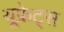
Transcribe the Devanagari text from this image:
यूफ्रेट्स